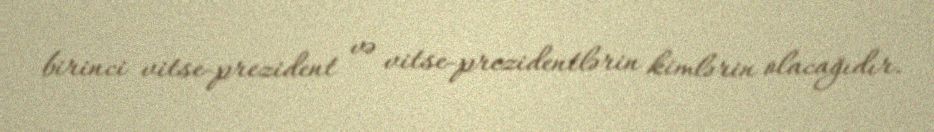
birinci vitse-prezident və vitse-prezidentlərin kimlərin olacağıdır.